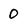
Character: 0